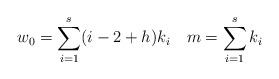
\begin{align*} w_0 = \sum_{i=1}^s (i-2+h) k_i \quad m = \sum_{i=1}^s k_i\end{align*}